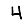
Digit: 4